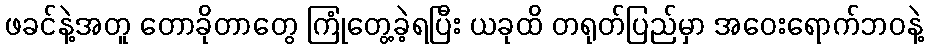
ဖခင်နဲ့အတူ တောခိုတာတွေ ကြုံတွေ့ခဲ့ရပြီး ယခုထိ တရုတ်ပြည်မှာ အဝေးရောက်ဘဝနဲ့